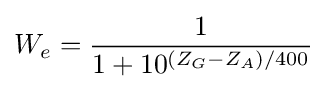
W_{e}={\frac {1}{1+10^{(Z_{G}-Z_{A})/400}}}